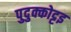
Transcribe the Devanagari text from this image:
पुदुक्कोट्टइ